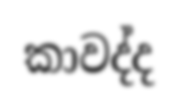
කාවද්ද